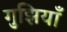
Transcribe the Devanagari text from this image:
गुझियाँ